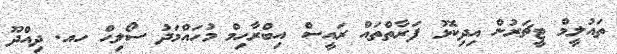
ތައުލީމް ޓީޗަރުން އިދިކޮޅު ފަރާތްތައް ރައީސް އިބްރާހިމް މުހައްމަދު ސޯލިހް ހއ. ދިއްދޫ